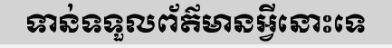
ទាន់ទទួលព័ត៌មានអ្វីនោះទេ